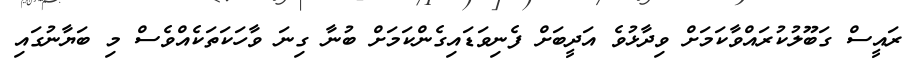
ރައީސް ގަބޫލުކުރައްވާކަމަށް ވިދާޅުވެ އަދީބަށް ފެނިވަޑައިގެންކަމަށް ބުނާ ގިނަ ވާހަކަތަކެއްވެސް މި ބަޔާނުގައި